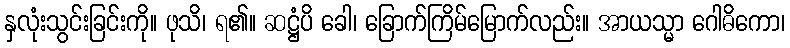
နှလုံးသွင်းခြင်းကို။ ဖုသိ၊ ရ၏။ ဆဋ္ဌံပိ ခေါ၊ ခြောက်ကြိမ်မြောက်လည်း။ အာယသ္မာ ဂေါဓိကော၊